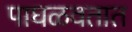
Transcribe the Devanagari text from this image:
पाघळवतात